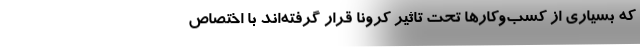
که بسیاری از کسب‌و‌کارها تحت تاثیر کرونا قرار گرفته‌اند با اختصاص